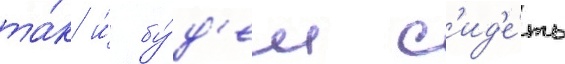
та́к и́ бу́д'ем с'ид'е́ть